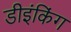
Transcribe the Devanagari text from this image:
डीइंकिंग